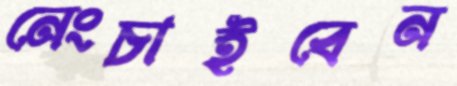
নেংচাইবেন